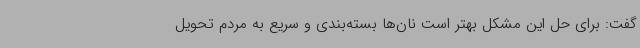
گفت: برای حل این مشکل بهتر است نان‌ها بسته‌بندی و سریع به مردم تحویل